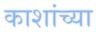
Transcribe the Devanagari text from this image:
काशांच्या